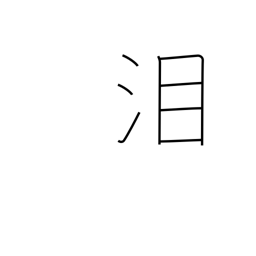
Meaning: tears